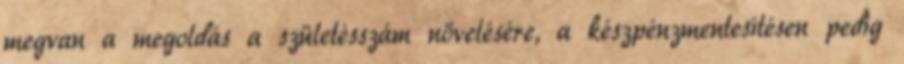
megvan a megoldás a születésszám növelésére, a készpénzmentesítésen pedig